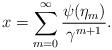
LaTeX: \begin{align*}x=\sum_{m=0}^\infty\frac{\psi(\eta_m)}{\gamma^{m+1}}.\end{align*}